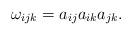
LaTeX: \begin{align*}\omega_{ijk}=a_{ij}a_{ik}a_{jk}.\end{align*}